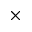
\times